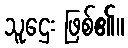
သူဌေး ဖြစ်၏။